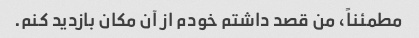
مطمئناً، من قصد داشتم خودم از آن مکان بازدید کنم.